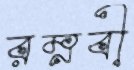
রম্নবী